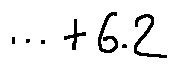
\cdots + 6 . 2